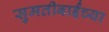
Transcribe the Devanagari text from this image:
सुमतीबाईंच्या